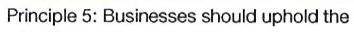
Principle 5: Businesses should uphold the